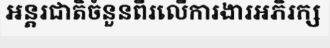
អន្តរជាតិចំនួនពីរលើការងារអភិរក្ស